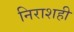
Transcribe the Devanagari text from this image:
निराशही